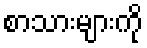
စာသားများကို